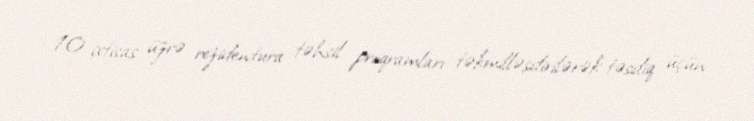
10 ixtisas üzrə rezidentura təhsil proqramları təkmilləşdirilərək təsdiq üçün